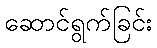
ဆောင်ရွက်ခြင်း